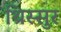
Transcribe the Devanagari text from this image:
थ्रिस्सुर